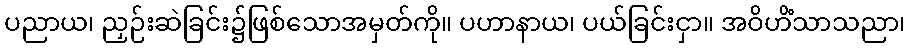
ပညာယ၊ ညှဉ်းဆဲခြင်း၌ဖြစ်သောအမှတ်ကို။ ပဟာနာယ၊ ပယ်ခြင်းငှာ။ အဝိဟိံသာသညာ၊